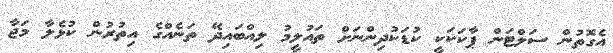
އެގޮތުން ސަލްޓަން ޕާކަކަކީ ކުޑަކުދިންނަށް ތައުލީމު ލިއްބައިދޭ ތަނެއްގެ އިތުރުން ކުޅެލާ މަޖާ